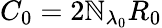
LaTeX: C_{0}=2\mathbb{N}_{\lambda_{0}}R_{0}